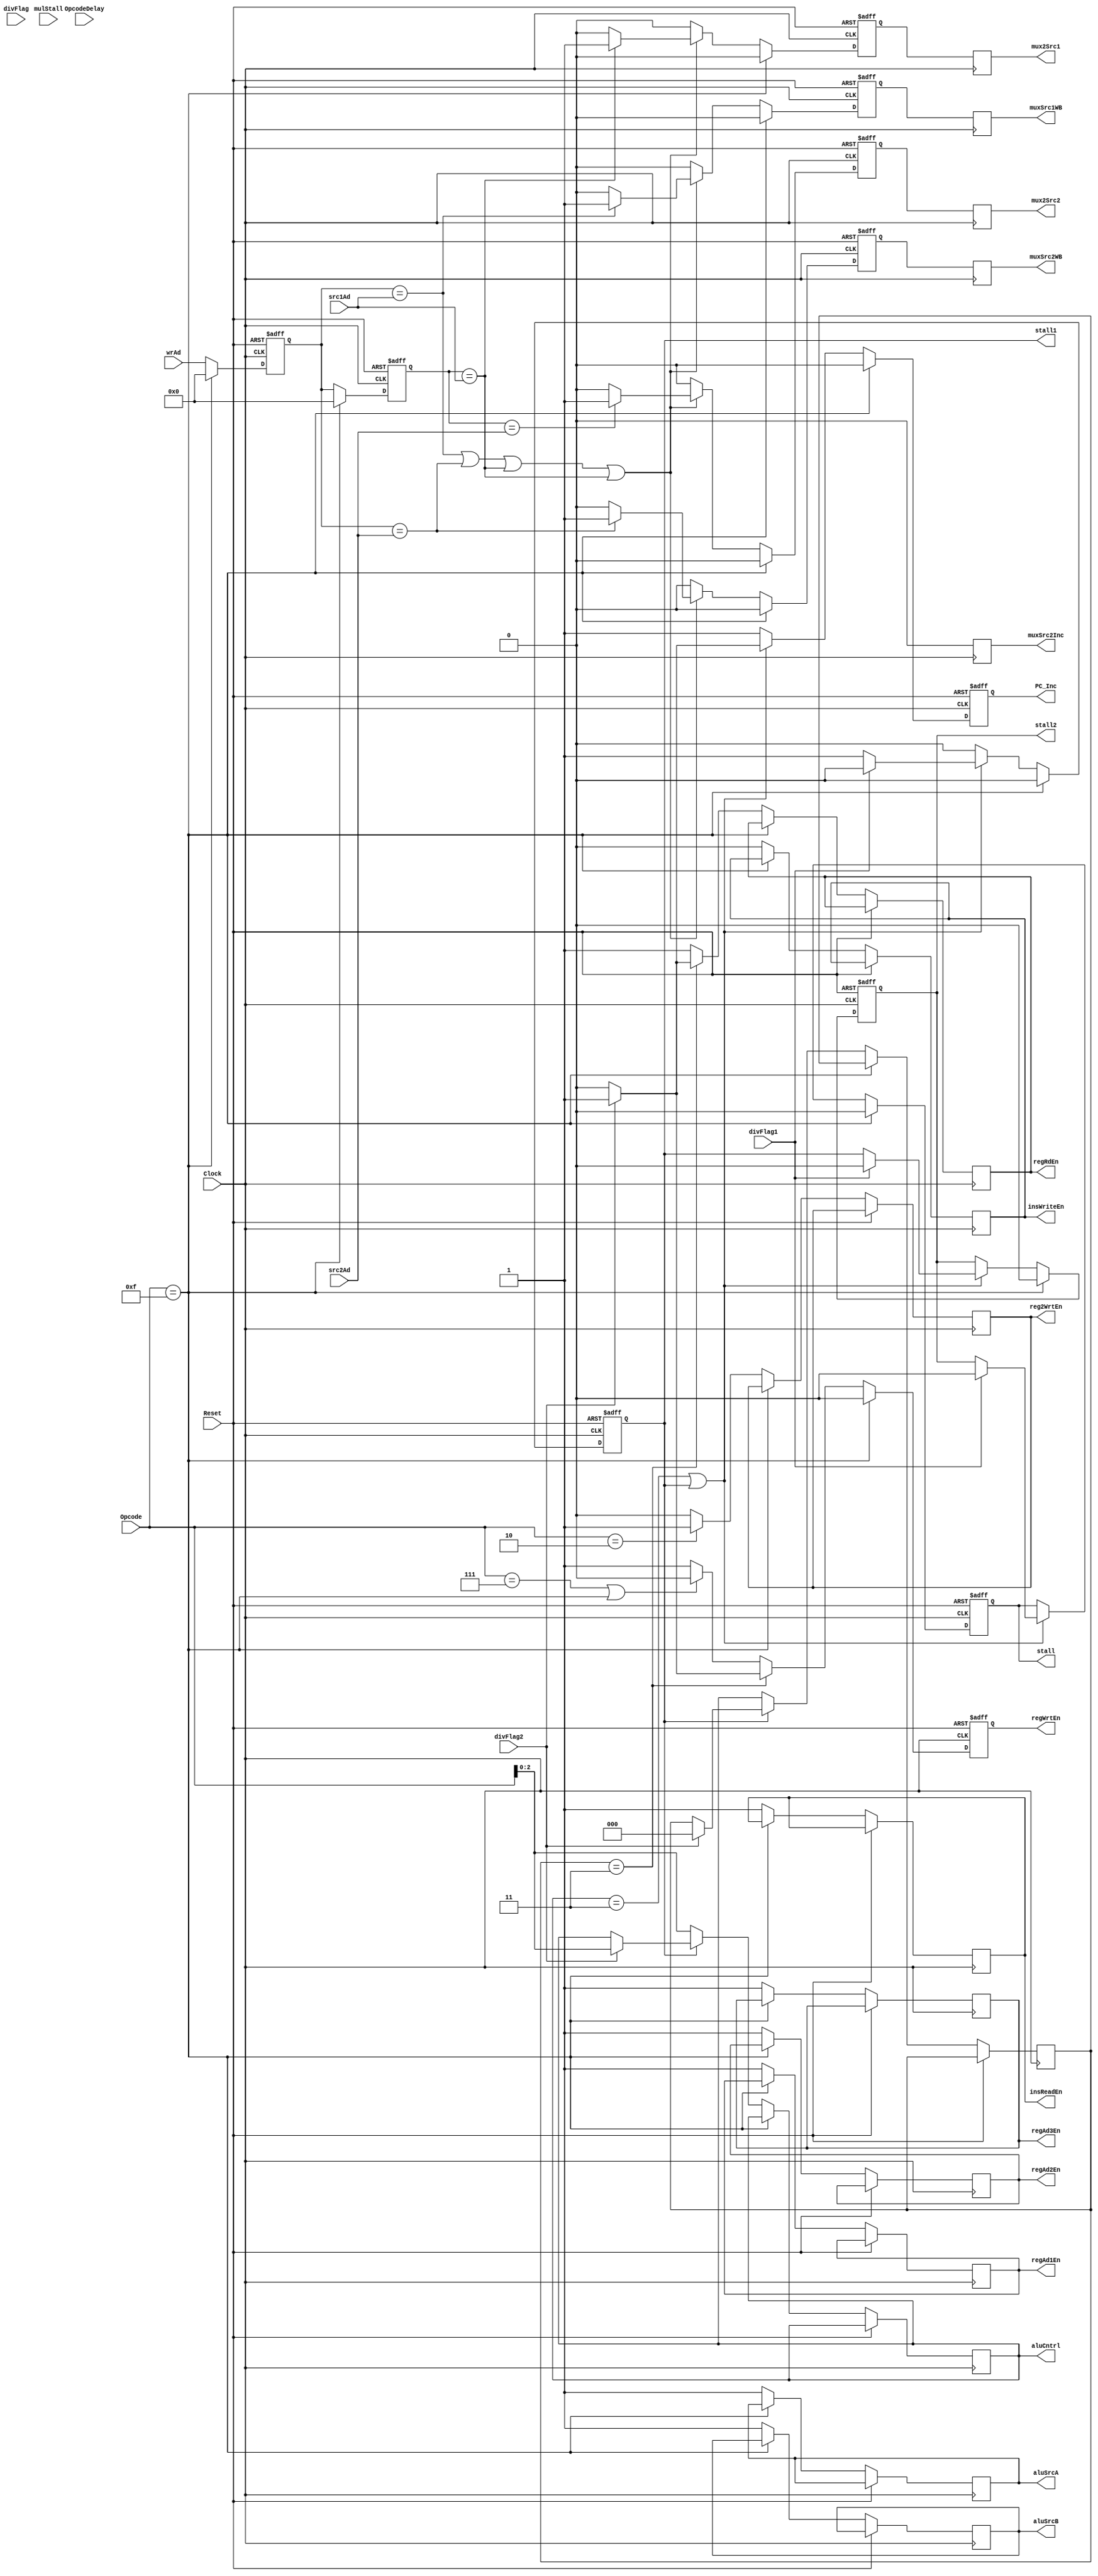
module cntrlUnit( input Clock,Reset, divFlag,divFlag1,divFlag2,mulStall,
						input [3:0] Opcode,
						input [3:0] src1Ad,src2Ad,wrAd,input [2:0] OpcodeDelay,
						output reg insReadEn,insWriteEn,regAd1En,regAd2En,regAd3En,regWrtEn,reg2WrtEn,regRdEn,PC_Inc,aluSrcA,aluSrcB,
								 muxSrc1WB,muxSrc2Inc,muxSrc2WB,mux2Src1,mux2Src2,stall,stall2,stall1,
						output reg[2:0] aluCntrl			
						);
 reg resetHap,HLT;
 reg [3:0] wrAd1,wrAd2;
 reg [2:0] prevOpcode,prev;
 reg mux1,mux2,mux21,mux22;
 

 always @ (negedge Clock,posedge Reset)
 begin
		if(Reset)
		begin
			mux21 <= 0;
			mux22 <= 0;
			wrAd1 <= 0;
			wrAd2 <= 0;
			stall <= 0;
			mux1 <= 0;
			mux2 <= 0;
			PC_Inc <= 1;
			regWrtEn <= 0;
			stall1 <= 0;
			stall2 <= 0;
		
		end
		else
		begin
		if(Opcode == 15)
		begin
			regWrtEn <= 0;
			PC_Inc <= 0;
			
			mux21 <= 0;
			mux22 <= 0;
			wrAd1 <= 0;
			wrAd2 <= 0;
			stall <= 0;
			mux1 <= 0;
			mux2 <= 0;
			stall1 <= 0;
			stall2 <= 0;
		end	
		else
		begin	
			wrAd1 <= wrAd;
			wrAd2 <= wrAd1;
			if(stall1 == 0)
			begin
				aluCntrl <= Opcode;
				prevOpcode <= aluCntrl;
				prev <= prevOpcode;
			end
			else
			begin
				if(divFlag2)
				begin
					aluCntrl <= Opcode;	
					prevOpcode <= 0;
					prev <= 0;			
				end
				else
				begin
					aluCntrl <= aluCntrl;
					prevOpcode <= prevOpcode;
					prev <= prev;
				end	

			end
			
			if(((aluCntrl == 3)) || (stall1 == 1))
			begin	
				if(divFlag1)
				begin
					stall1 <= 0;
					stall <= 0;
					stall2 <= 0;
				end	
				else
				begin
					stall1 <= 1;
					stall2 <= stall1;
					stall <= stall2;
				end
				if(divFlag2)
					PC_Inc <= 1;
				else
					PC_Inc <= 0 ;	
				
			end	
			else
			begin
			//if(Opcode == 3)
			//	PC_Inc <= 0;
			//else	
				PC_Inc <= 1;
				stall1 <= 0;
			end	
			
			
			
			if(Opcode == 2)
			begin
				reg2WrtEn <= 1;
			end
			else
			begin
				reg2WrtEn <= 0;
			end
			
			if(((wrAd1 == src1Ad)||(wrAd1 == src2Ad)||(wrAd2 == src1Ad)||(wrAd2 == src1Ad)))//&&((Opcode != 4)||(Opcode != 5)))
			begin
				if((wrAd1 == src1Ad))
					mux1 <= 1;
				else
					mux1 <= 0;
				if((wrAd1 == src2Ad))
					mux2 <= 1;
				else
					mux2 <= 0;		
					
				if(wrAd2 == src1Ad)
				begin
					mux21 <= 1; 
				end	
				else
				begin
					mux21 <= 0;
				end
				
				if(wrAd2 == src2Ad)
				begin
					mux22 <= 1; 
				end	
				else
				begin
					mux22 <= 0;
				end
				
				
				regAd1En <= 1;
				regAd2En <= 1;
				regAd3En <= 1;
				
				if((prevOpcode == 3))
					if(divFlag2)
					begin
						regRdEn <= 1;
						regWrtEn <= 1;
					end	
					else
					begin
						regRdEn <= 0;
						regWrtEn <= 0;
					end	
				else
				begin
					if((Opcode == 7)||(Opcode == 15))
						regWrtEn <= 0;
					else
						regWrtEn <= 1;	
					
					regRdEn <= 1;
				end	
				aluSrcA <= 1;
				aluSrcB <= 1;
				insReadEn <= 1;
				insWriteEn <= 0;	
			end
		   else
			begin
				regAd1En <= 1;
				regAd2En <= 1;
				regAd3En <= 1;
				//regWrtEn <= 1;
				if((prevOpcode == 3))
					if(divFlag2)
					begin
						regRdEn <= 1;
						regWrtEn <= 1;
					end	
					else
					begin
						regRdEn <= 0;
						regWrtEn <= 0;
					end	
				else
				begin
					if((Opcode == 7)||(Opcode == 15))
						regWrtEn <= 0;
					else
						regWrtEn <= 1;	
					
					regRdEn <= 1;
					
				end	
				aluSrcA <= 1;
				aluSrcB <= 1;
				insReadEn <= 1;
				insWriteEn <= 0;
				
				mux2 <= 0;
			mux1 <= 0;
			mux22 <= 0;
			mux21 <= 0;
			end	
		end	
   end		
 end 

 always @ (posedge Clock)
 begin
	muxSrc1WB <= mux1;
	muxSrc2Inc <= 0;
	muxSrc2WB <= mux2;
	mux2Src1 <= mux21;
	mux2Src2 <= mux22;
 end
endmodule